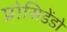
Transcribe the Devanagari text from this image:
प्रोसिडेंडो